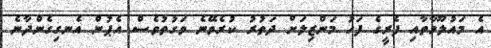
އެ މައުލޫމާތާއި ފެރީގެ ފަހު މަންޒިލަށް ދަތުރު ކުރެވޭނެ ވަގުތުވެސް އެޕުން އެނގިގެންދާނެ